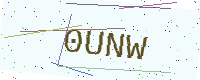
Text: 0UNW